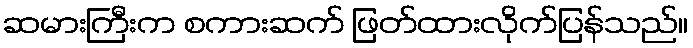
ဆမားကြီးက စကားဆက် ဖြတ်ထားလိုက်ပြန်သည်။